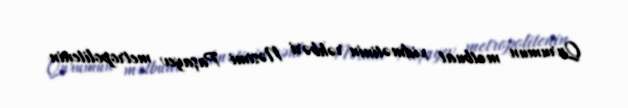
Qurumun mətbuat xidmətinin rəhbəri Nəsimi Paşayev metropolitenin